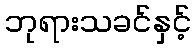
ဘုရားသခင်နှင့်